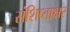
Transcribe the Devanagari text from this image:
संशिप्ताक्षर